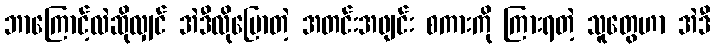
ဘာကြောင့်လဲဆိုလျှင် အဲဒီလိုပြောတဲ့ အတင်းအဖျင်း စကားကို ကြားရတဲ့ သူတွေဟာ အဲဒီ